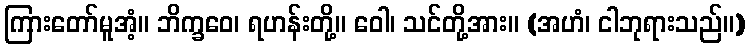
ကြားတော်မူအံ့။ ဘိက္ခဝေ၊ ရဟန်းတို့။ ဝေါ၊ သင်တို့အား။ (အဟံ၊ ငါဘုရားသည်။)